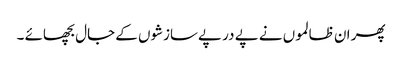
پھر ان ظالموں نے پے در پےسازشوں کے جال بچھائے ۔